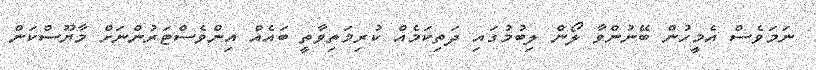
ނަަމަވެސް އެމީހުން ބޭނުންވާ ލޯން ލިބުމުގައި ދަތިކަމެއް ކުރިމަތިވާތީ ބައެއް އިންވެސްޓަރުންނަށް މާޔޫސްކަން